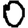
Digit: 0